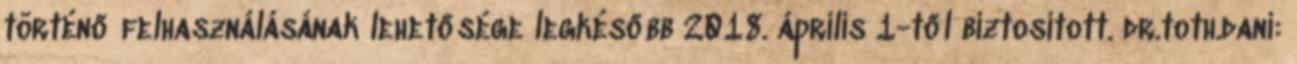
történő felhasználásának lehetősége legkésőbb 2018. április 1-től biztosított. dr.toth.dani: